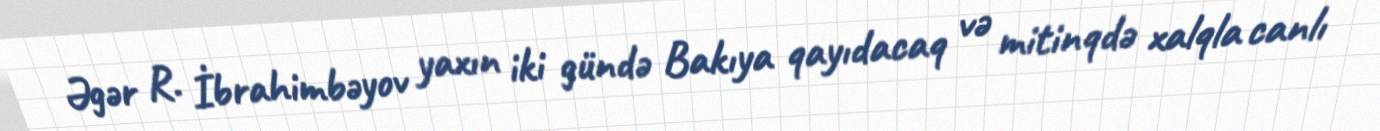
Əgər R. İbrahimbəyov yaxın iki gündə Bakıya qayıdacaq və mitinqdə xalqla canlı